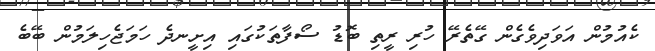
ކެއުމުން އަވަދިވެގެން ގޭތެރޭ ހުރި ރީތި ބޮޑު ސޯފާތަކުގައި އިށީނދެ ހަމަޖެހިލަމުން ބޭބެ